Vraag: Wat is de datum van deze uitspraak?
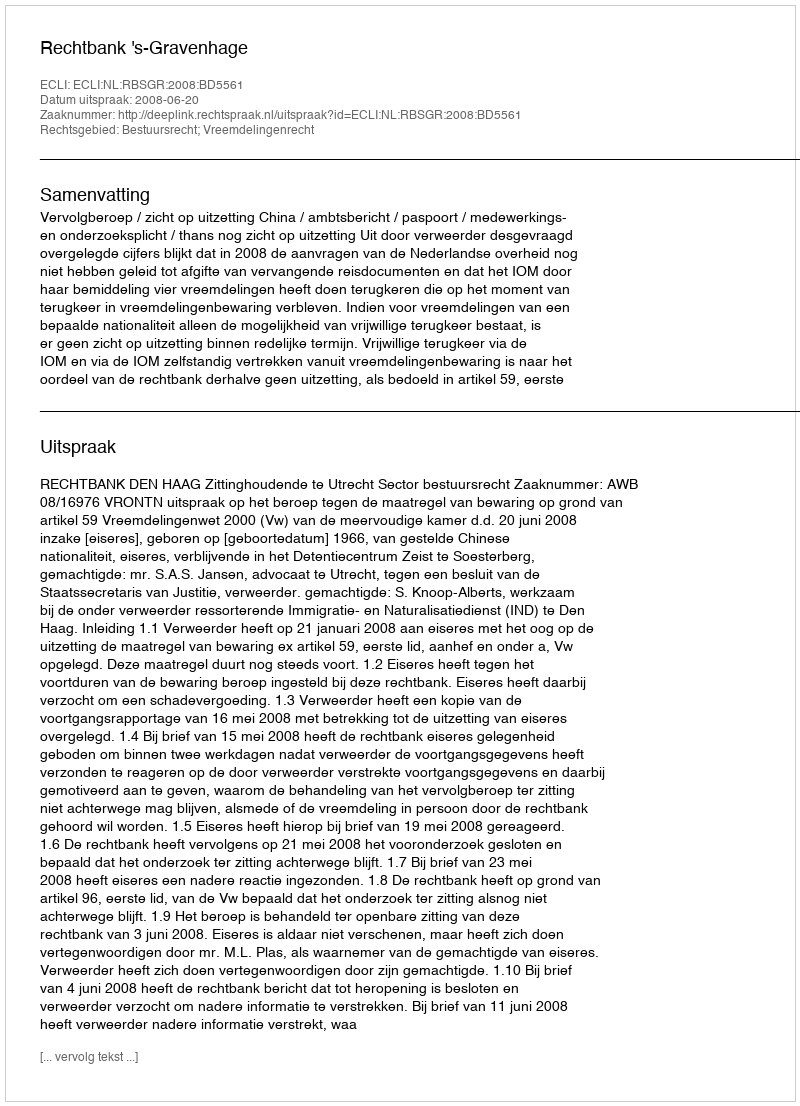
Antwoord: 2008-06-20